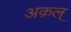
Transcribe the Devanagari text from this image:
अक़ल्‌